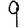
Digit: 9